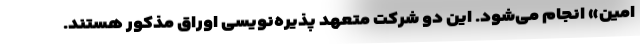
امین» انجام می‌شود. این دو شرکت متعهد پذیره‌نویسی اوراق مذکور هستند.